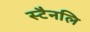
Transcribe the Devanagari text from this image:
स्टैनलि